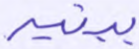
ببنيه